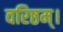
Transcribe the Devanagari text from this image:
वरिष्ठम्‌।